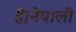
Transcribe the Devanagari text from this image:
है।नेपाली